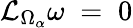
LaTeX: {\mathcal{L}}_{\Omega_{\alpha}}\omega\; =\; 0